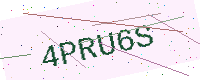
Text: 4PRU6S